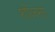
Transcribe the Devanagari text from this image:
शोजना